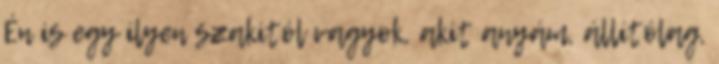
Én is egy ilyen szakitól vagyok, akit anyám, állítólag,